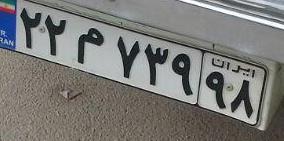
۲۲م۷۳۹۹۸